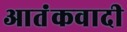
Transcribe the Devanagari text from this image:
आतंंकवादी